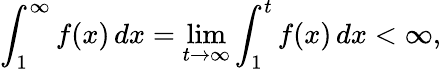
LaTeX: \int_{1}^{\infty}f(x)\, dx=\operatorname*{lim}_{t\to\infty}\int_{1}^{t}f(x)\, dx<\infty,